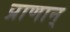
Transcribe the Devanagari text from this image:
प्राणान्